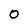
Character: 0